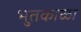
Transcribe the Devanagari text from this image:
भुतकाळा